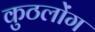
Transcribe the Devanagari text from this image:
कुठलोंग